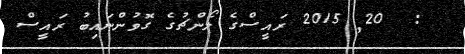
:  20